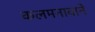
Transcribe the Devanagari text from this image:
कलमनावाने